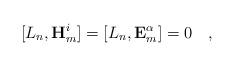
LaTeX: \begin{align*} [L_n,\mathbf{H}^i_m]=[L_n,\mathbf{E}^\alpha_m]=0 \quad,\end{align*}